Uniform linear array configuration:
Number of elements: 12
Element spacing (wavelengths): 0.5
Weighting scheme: hamming
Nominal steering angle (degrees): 15
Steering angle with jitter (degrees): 16.526
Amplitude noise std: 0.05
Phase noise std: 0.05

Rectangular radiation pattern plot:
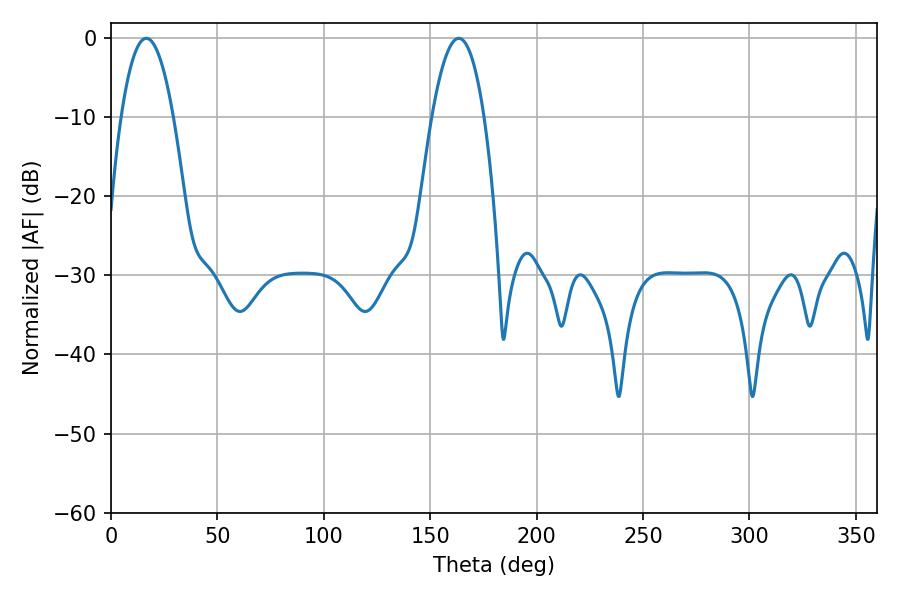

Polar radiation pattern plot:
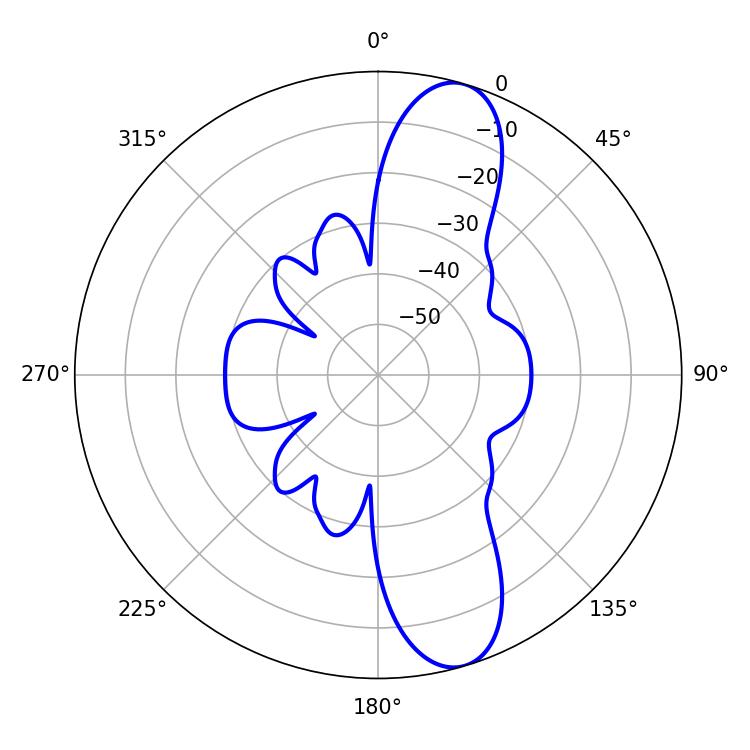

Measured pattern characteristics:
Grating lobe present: FALSE
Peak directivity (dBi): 11.364
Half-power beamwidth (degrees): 13.5
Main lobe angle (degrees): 16.56